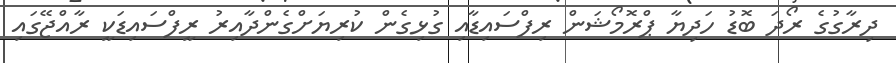
ދިރާގުގެ ރޯދަ ބޮޑު ހަދިޔާ ޕްރޮމޯޝަން ރިފްސައިޑާއި ގުޅިގެން ކުރިޔަށްގެންދާއިރު ރީފްސައިޑަކީ ރާއްޖޭގައި